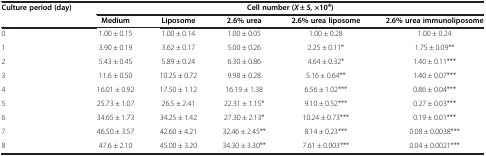
<table><thead><tr><td rowspan="2"><b>Culture period (day)</b></td><td colspan="5"><b>Cell number (<i>X</i> ± <i>S</i>, ×10<sup>4</sup>)</b></td></tr><tr><td><b>Medium</b></td><td><b>Liposome</b></td><td><b>2.6% urea</b></td><td><b>2.6% urea liposome</b></td><td><b>2.6% urea immunoliposome</b></td></tr></thead><tbody><tr><td>0</td><td>1.00 ± 0.15</td><td>1.00 ± 0.14</td><td>1.00 ± 0.05</td><td>1.00 ± 0.28</td><td>1.00 ± 0.24</td></tr><tr><td>1</td><td>3.90 ± 0.19</td><td>3.62 ± 0.17</td><td>5.00 ± 0.26</td><td>2.25 ± 0.11*</td><td>1.75 ± 0.09**</td></tr><tr><td>2</td><td>5.43 ± 0.45</td><td>5.89 ± 0.24</td><td>6.30 ± 0.86</td><td>4.64 ± 0.32*</td><td>1.40 ± 0.11***</td></tr><tr><td>3</td><td>11.6 ± 0.50</td><td>10.25 ± 0.72</td><td>9.98 ± 0.28</td><td>5.16 ± 0.64**</td><td>1.40 ± 0.07***</td></tr><tr><td>4</td><td>16.01 ± 0.92</td><td>17.50 ± 1.12</td><td>16.19 ± 1.38</td><td>6.56 ± 1.02***</td><td>0.86 ± 0.04***</td></tr><tr><td>5</td><td>25.73 ± 1.07</td><td>26.5 ± 2.41</td><td>22.31 ± 1.15*</td><td>9.10 ± 0.52***</td><td>0.27 ± 0.03***</td></tr><tr><td>6</td><td>34.65 ± 1.73</td><td>34.25 ± 1.42</td><td>27.30 ± 2.13*</td><td>10.24 ± 0.73***</td><td>0.19 ± 0.01***</td></tr><tr><td>7</td><td>46.50 ± 3.57</td><td>42.60 ± 4.21</td><td>32.46 ± 2.45**</td><td>8.14 ± 0.23***</td><td>0.08 ± 0.0038***</td></tr><tr><td>8</td><td>47.6 ± 2.10</td><td>45.00 ± 3.20</td><td>34.30 ± 3.30**</td><td>7.61 ± 0.003***</td><td>0.04 ± 0.0021***</td></tr></tbody></table>